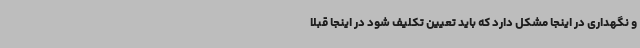
و نگهداری در اینجا مشکل دارد که باید تعیین تکلیف شود در اینجا قبلا